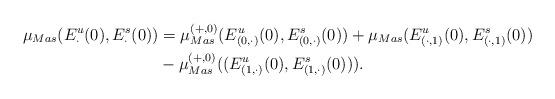
LaTeX: \begin{align*}\mu_{Mas}(E^u_\cdot(0),E^s_\cdot(0))&=\mu^{(+,0)}_{Mas}(E^u_{(0,\cdot)}(0),E^s_{(0,\cdot)}(0))+\mu_{Mas}(E^u_{(\cdot,1)}(0),E^s_{(\cdot,1)}(0))\\&-\mu^{(+,0)}_{Mas}((E^u_{(1,\cdot)}(0),E^s_{(1,\cdot)}(0))).\end{align*}